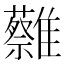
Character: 𩁞